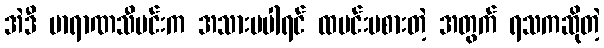
အဲဒီ ဗာရာဏသီမင်းက အသားမပါရင် ထမင်းမစားတဲ့ အတွက် ရသကဆိုတဲ့